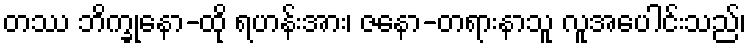
တဿ ဘိက္ခုနော-ထို ရဟန်းအား၊ ဇနော-တရားနာသူ လူအပေါင်းသည်၊